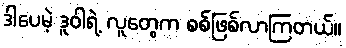
ဒါပေမဲ့ ဒူဝါရဲ့ လူတွေက စစ်ဖြစ်လာကြတယ်။